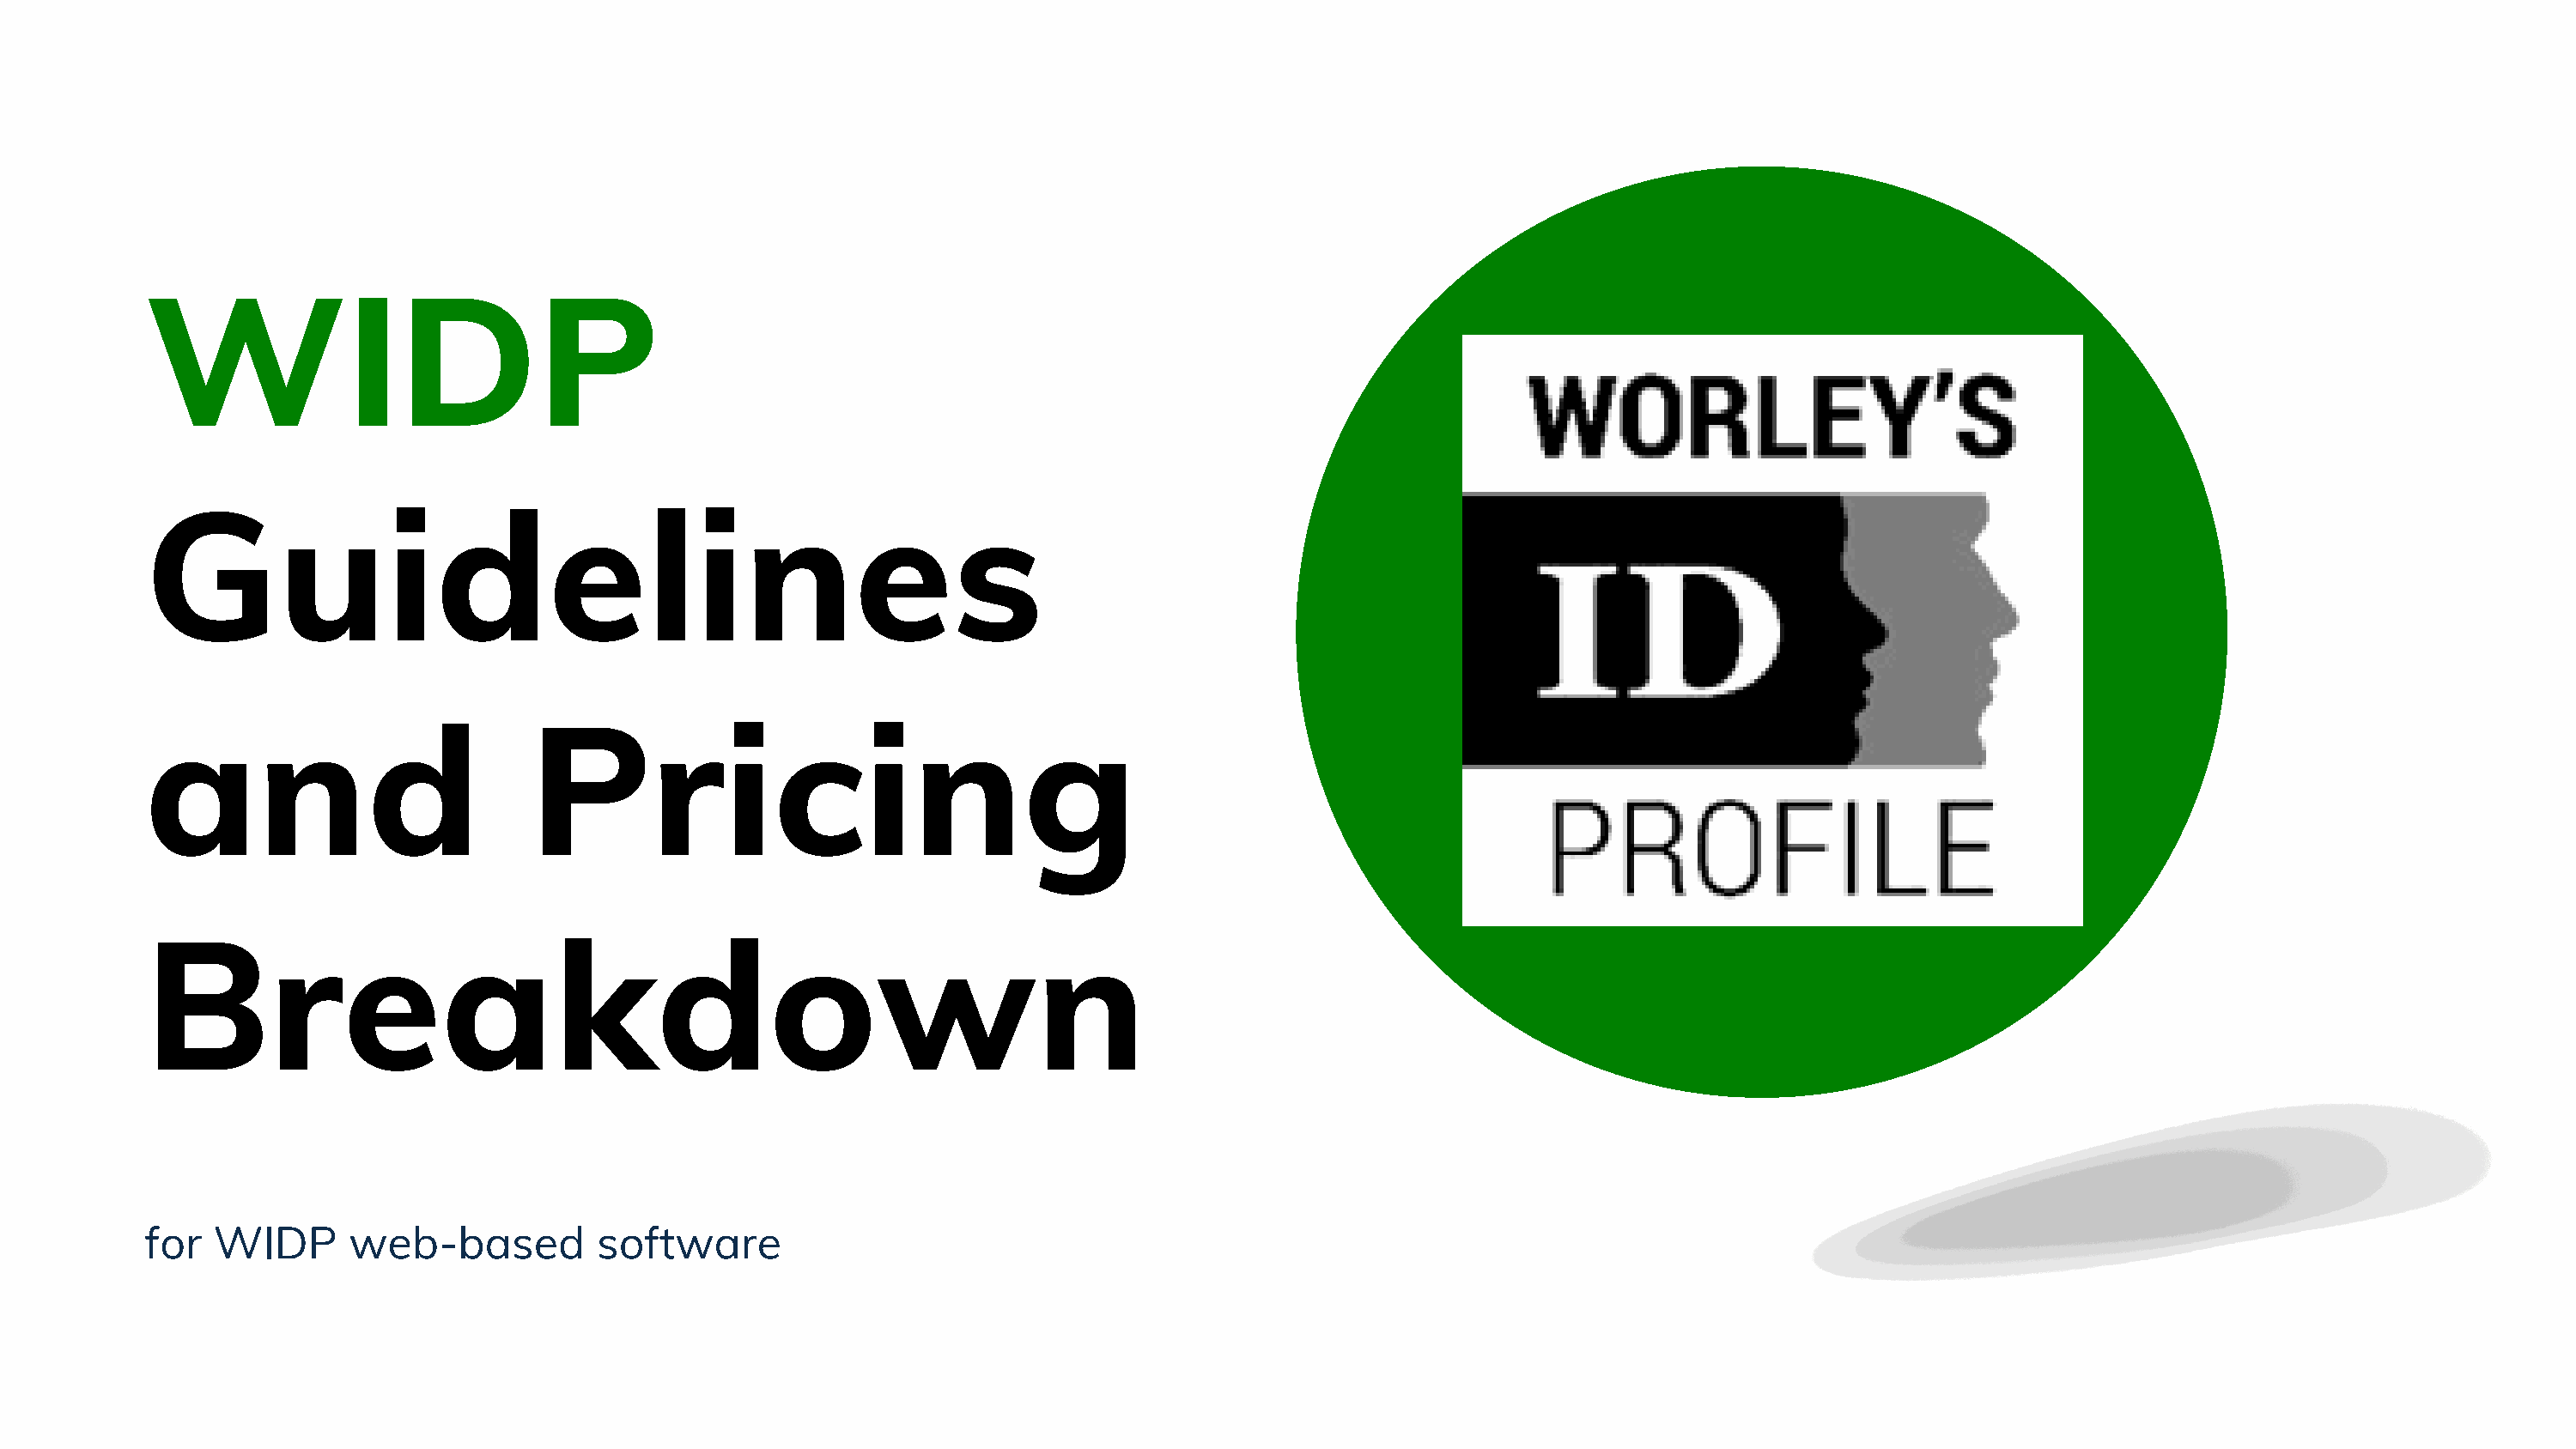
WIDP
 Guidelines
 and                           Pricing
 Breakdown
 for  WIDP       web-based          software